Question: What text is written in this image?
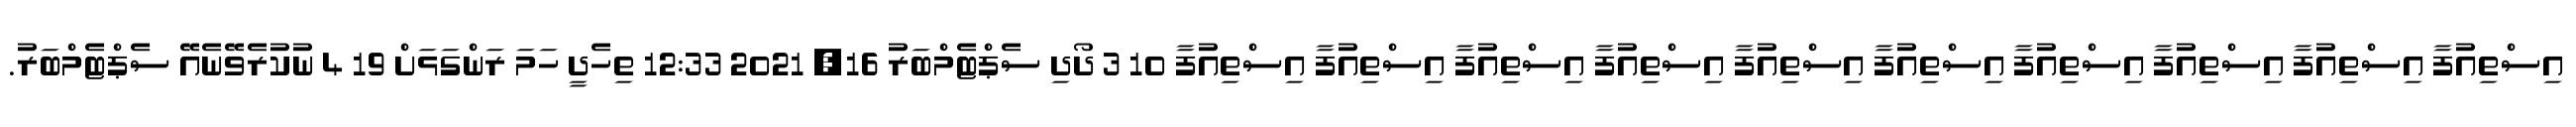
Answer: އިސްތިއުފާ އިސްތިއުފާ އިސްތިއުފާ އިސްތިއުފާ އިސްތިއުފާ އިސްތިއުފާ އިސްތިއުފާ އިސްތިއުފާ އިސްތިއުފާ އިސްތިއުފާ 10 3 ދޯދި ސެޕްޓެމްބަރު 16, 2021 12:33 ތިހެދީ ހަމަ ރަންގަޅަށް 19 4 ނުކުރެވޭނެއޭ ސެޕްޓެމްބަރު.